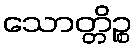
သောတ္တိဉ္စ